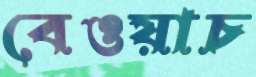
বেওয়াচ